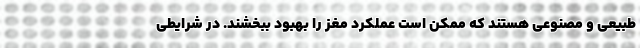
طبیعی و مصنوعی هستند که ممکن است عملکرد مغز را بهبود ببخشند. در شرایطی